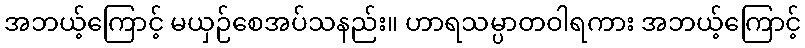
အဘယ့်ကြောင့် မယှဉ်စေအပ်သနည်း။ ဟာရသမ္ပာတဝါရကား အဘယ့်ကြောင့်